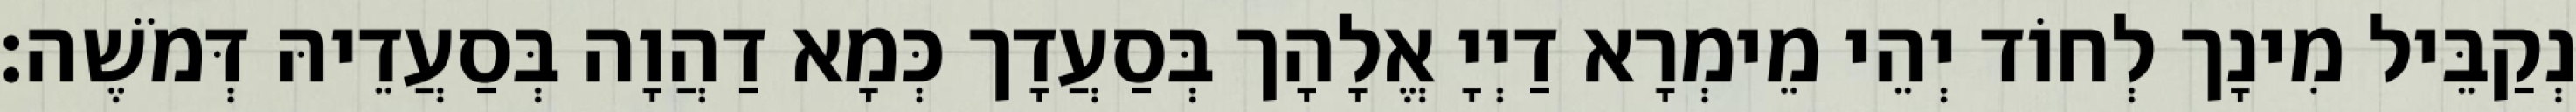
נְקַבֵּיל מִינָך לְחוֹד יְהֵי מֵימְרָא דַיְיָ אֱלָהָך בְּסַעֲדָך כְּמָא דַהֲוָה בְּסַעֲדֵיהּ דְּמֹשֶׁה׃